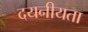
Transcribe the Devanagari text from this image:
दयनीयता